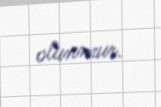
olunmur.